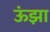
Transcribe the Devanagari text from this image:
ऊंझा